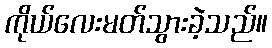
ကိုယ်လေးမတ်သွားခဲ့သည်။